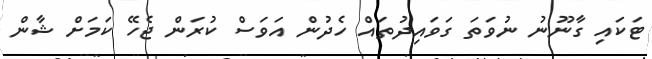
ޓަކައި ގާނޫނު ނުވަތަ ގަވައިދުތައް ހެދުން އަވަސް ކުރަން ޖެހޭ ކަމަށް ޝާން